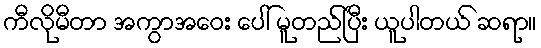
ကီလိုမီတာ အကွာအဝေး ပေါ် မူတည်ပြီး ယူပါတယ် ဆရာ။